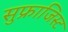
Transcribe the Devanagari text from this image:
सुफ्राजिस्ट